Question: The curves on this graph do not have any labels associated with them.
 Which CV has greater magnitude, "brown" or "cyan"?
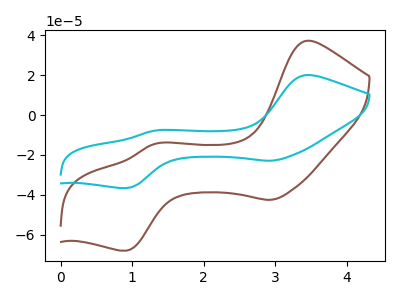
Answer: <think>The brown curve "brown" has anodic peaks at (3.45V, 37.25uA) (1.30V, -14.50uA) and cathodic peaks at (2.95V, -42.50uA) (0.90V, -68.00uA). The cyan curve "cyan" has anodic peaks at (3.45V, 20.05uA) (1.30V, -7.80uA) and cathodic peaks at (2.95V, -22.90uA) (0.90V, -36.60uA).
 All the peaks in "brown" have a peak in "cyan" at the same potential.</think>
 <answer>I cant tell if "brown" or "cyan" has more signal.</answer>
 <eval>mixed_signal</eval>